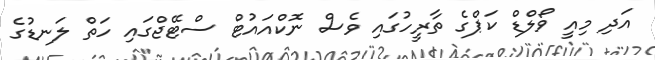
އަދި މިއީ ވޯލްޑް ކަޕްގެ ތާރީހުގައި ވެސް ނޮކްއައުޓް ސްޓޭޖްގައި ހަތް ލަނޑުގެ